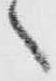
々